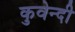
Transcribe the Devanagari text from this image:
कुवेन्दी